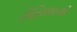
ગિરિમથકથી